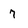
Character: 7